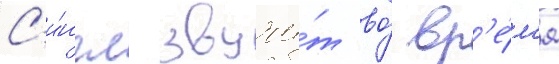
С'и́нгл звучи́т во́ вр'е́м'я